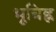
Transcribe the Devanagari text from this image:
भूचिह्न